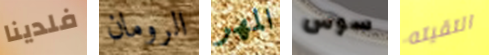
فلدينا الرومان المهر سوس التقيته